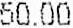
50.00